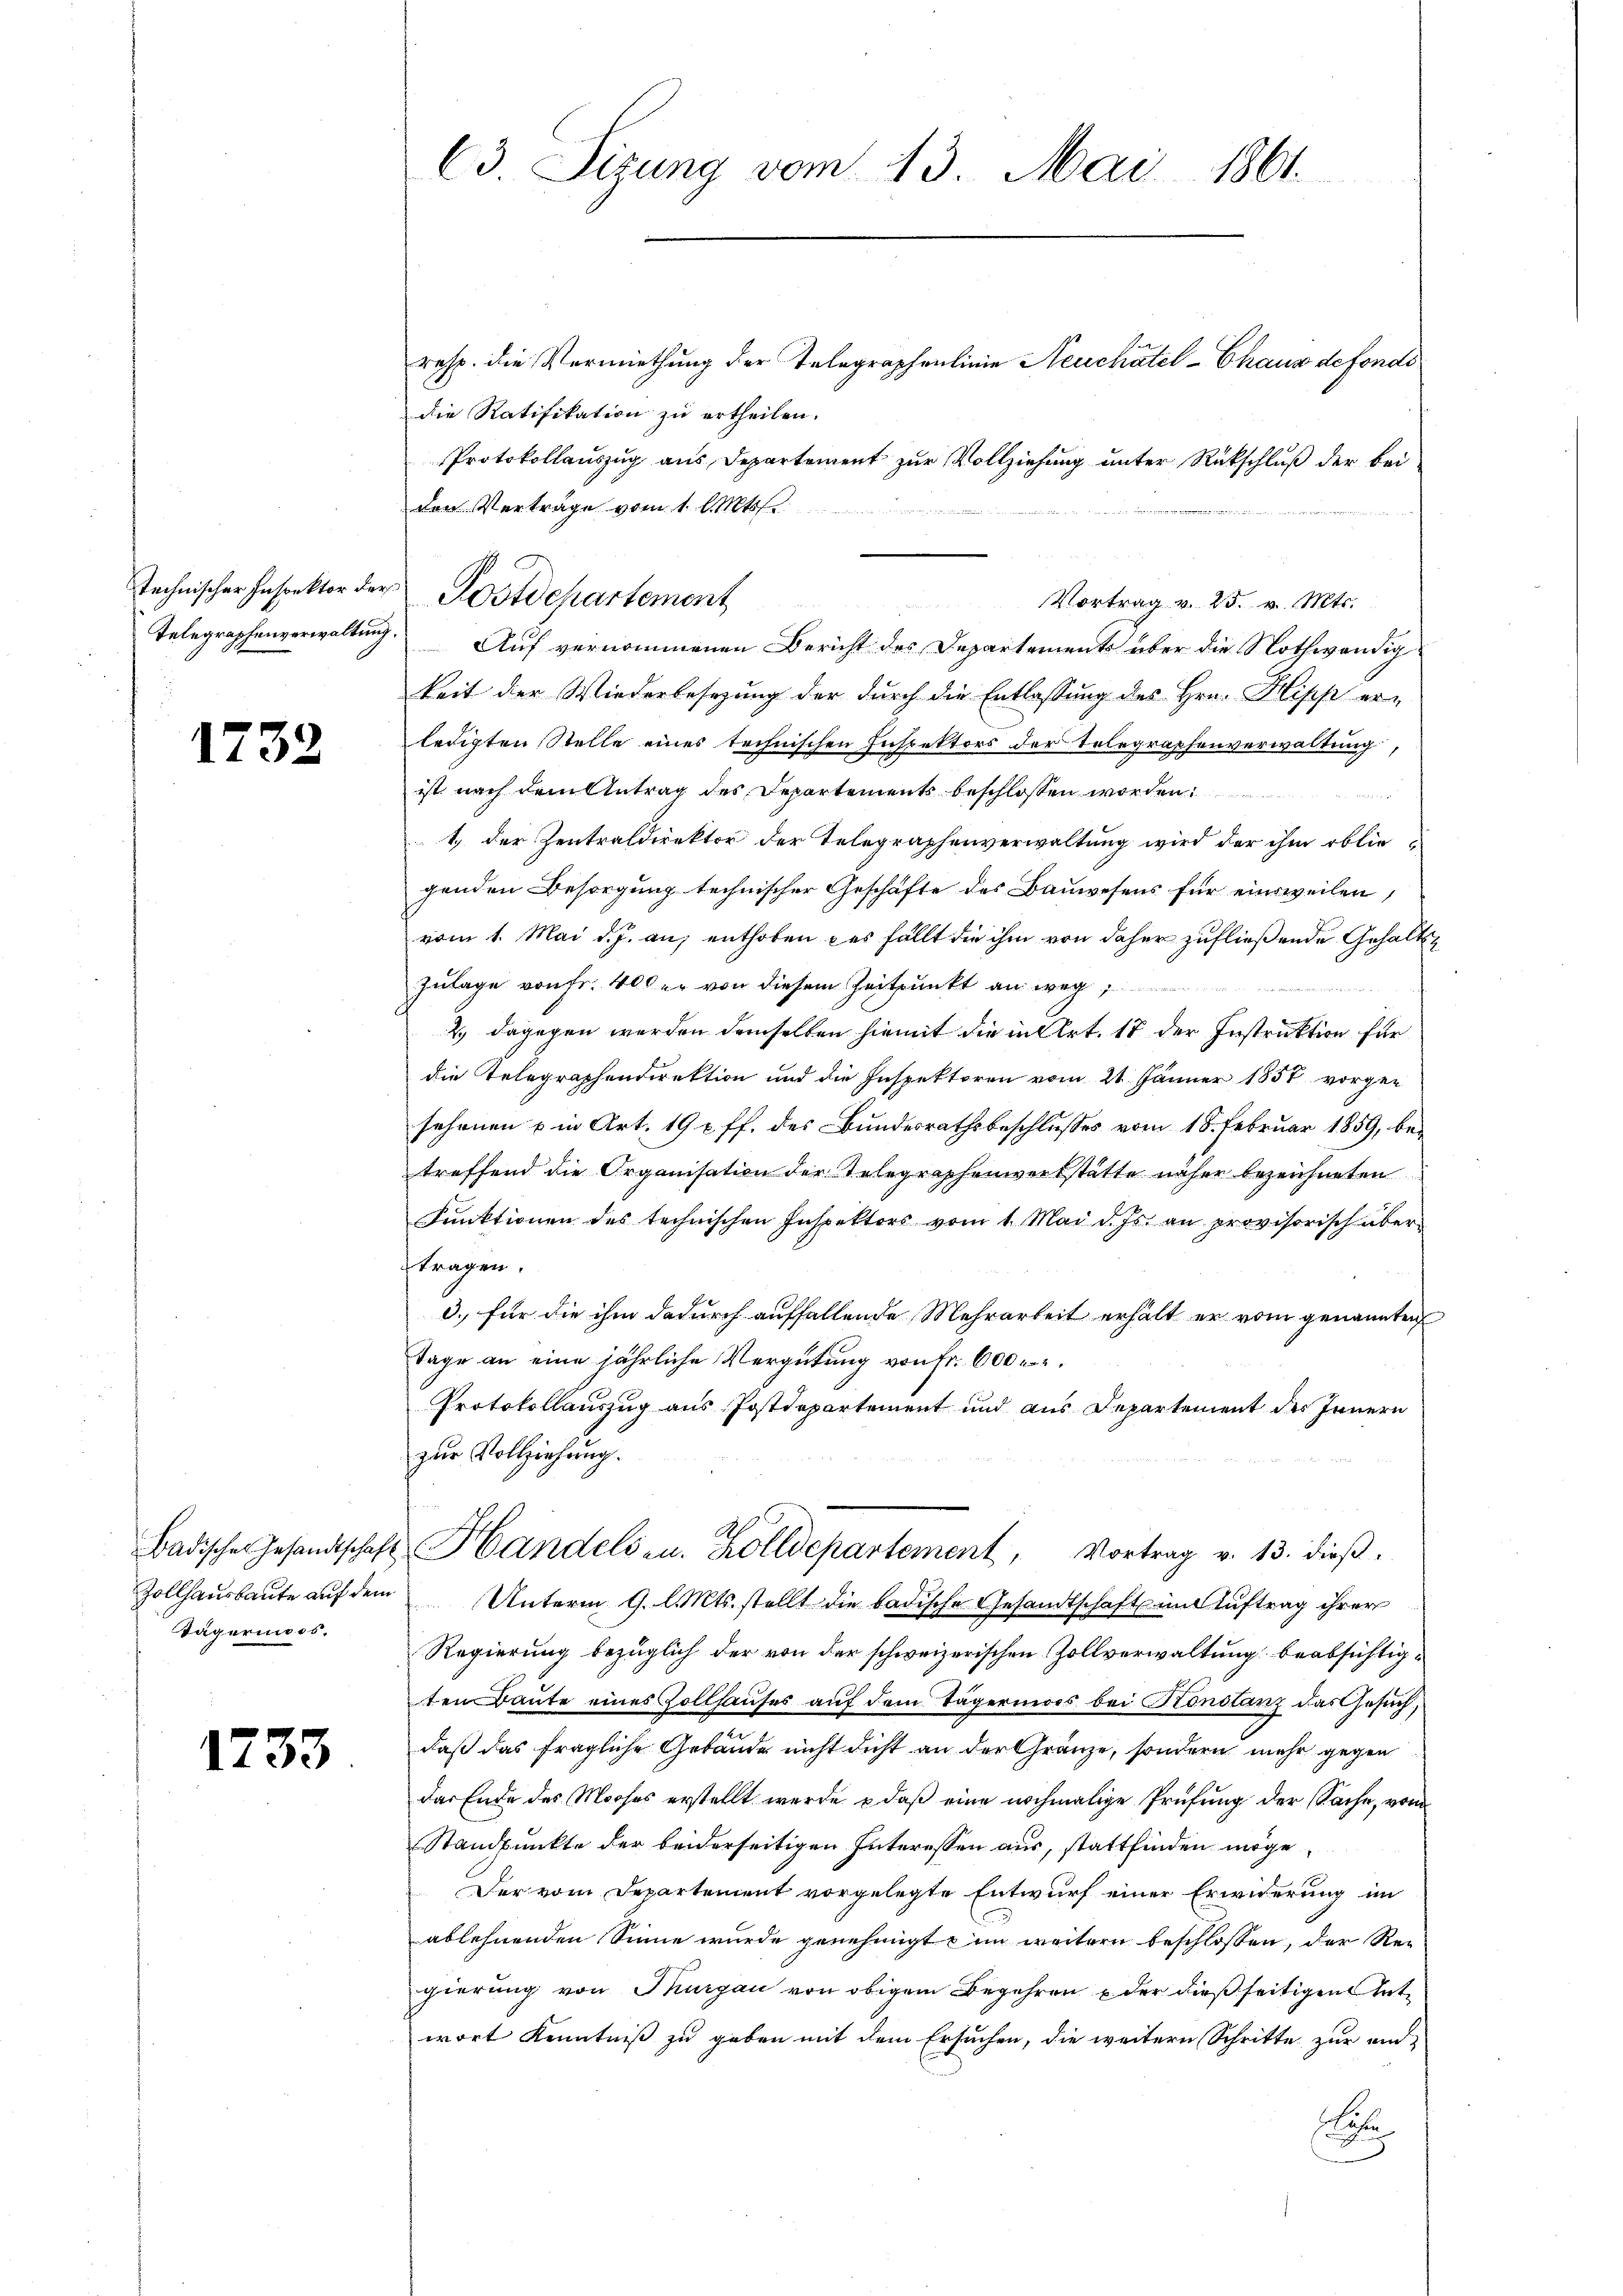
technischer Inspektor der

1732

Tägerinoos,

1733

63. Sizung vom 13. Mai 1861

resp. die Vermiethung der Telegraphenlinie Neuchâtel-Chaus de fondi
die Ratifikation zu ertheilen.
Protokollauszug aus Departement zur Vollziehung unter Rückschluß der bei
den Verträge vom 1. l. Mts.
Vortrag v. 25. v. Mts.
Telegraphenverwaltung. Auf vernommenen Bericht des Departements über die Nothwendig
keit der Wiederbesezung der durch die Entlassung des Hrn. Klipp er-
ledigten Stelle eines technischen Inspektors der Telegraphenverwaltung,
ist nach dem Antrag des Departements beschlossen worden
1) der Zentraldirektor der Telegraphenverwaltung wird der ihm obliegenden Besorgung technischer Geschäfte des Bauwesens für einsweilen,
vom 1. Mai d. J. an, enthoben des fällt die ihm von daher zufließende Gehalts¬
Zulage von Fr. 400 er von diesem Zeitpunkt an weg
4
2.) dagegen werden demselben hiemit die in Art. 17 der Instruktion für
die Telegraphendirektion und die Inspektoren vom 21. Jänner 1857 vorge-
schonen u in Art. 19 t ff. des Bundesrathsbeschlusses vom 18. Februar 1859, betreffend die Organisation der Telegraphenwerkstätte näher bezeichneten
Funktionen des technischen Inspektors vom 1. Mai d. Js. an provisorisch über-
tragen.
d. für die ihm dadurch auffallende Mehrarbeit erhält er vom genannten
Tage an eine jährliche Vergütung von Fr. 600
Protokollauszug aus Postdepartement und aus Departement des Innern
zur Vollziehung.
Badische Gesandtschaft Handels zu. Zolldepartement, Vortrag v. 13. dieβ.
Zollhaŭsbaŭte aŭf dem Unterm 9. l. Mts. stellt die badische Gesandtschaft im Auftrag ihrer
Regierung bezüglich der von der schweizerischen Zollverwaltung beabsichtigten Baute eines Zollhauses auf dem Tägermors bei Konstanz das Gesuch,
daß das fragliche Gebäude nicht dicht an der Gränze, sondern mehr gegen
das Ende des Mooses erstellt werde, – daß eine nochmalige Prüfung der Sache, von
Standpunkte der beiderseitigen Interessen aus, stattfinden möge,
Der vom Departement vorgelegte Entwurf einer Erwiderung im
ablehnenden Sinne wurde genehmigt in weitern beschlossen, der Re-
gierung von Thurgau von obigem Begehren der dießseitigen Antwort Kenntniß zu geben mit dem Ersuchen, die weitern Schritte zur ein-
e

Postdchartement